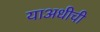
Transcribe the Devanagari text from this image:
याअधीची